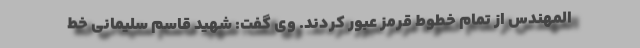
المهندس از تمام خطوط قرمز عبور کردند. وی گفت: شهید قاسم سلیمانی خط